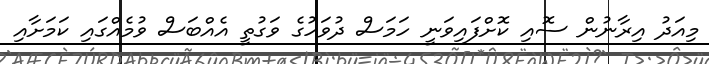
މިއަދު އިރާނުން ސޮއި ކޮށްފައިވަނީ ހަމަސް ދުވަހުގެ ވަގުތީ އެއްބަސް ވުމެއްގައި ކަމަށާއި